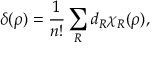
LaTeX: \delta ( \rho ) = \frac { 1 } { n ! } \sum _ { R } ^ { } d _ { R } \chi _ { R } ( \rho ) ,